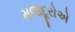
મજદૂરોએ